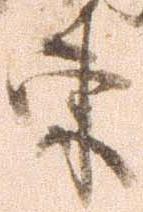
東